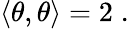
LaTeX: \left\langle\theta,\theta\right\rangle=2\; .